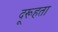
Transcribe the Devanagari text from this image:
दूरूहता